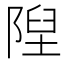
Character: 隉